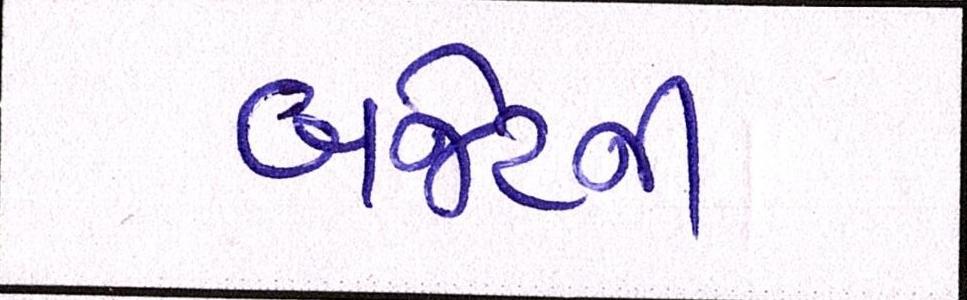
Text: બજેટની